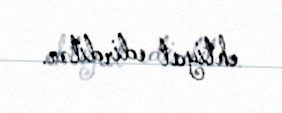
ehtiyat edirdilər.